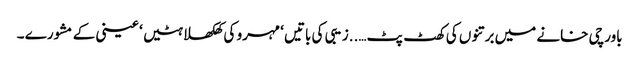
باورچی خانے میں برتنوں کی کھٹ پٹ…..زیبی کی باتیں ‘ مہرو کی کھلکھلاہٹیں ‘ عینی کے مشورے ۔